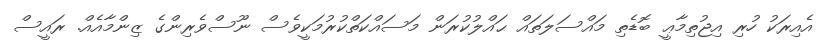
އެއިރަކު ހުރި އިޖުތިމާޢީ ބޮޑެތި މައްސަލަތައް ޙައްލުކުރަން މަސައްކަތްކުރުމަކީވެސް ނޫސްވެރިންގެ ޒިންމާއެއް. ރައީސް